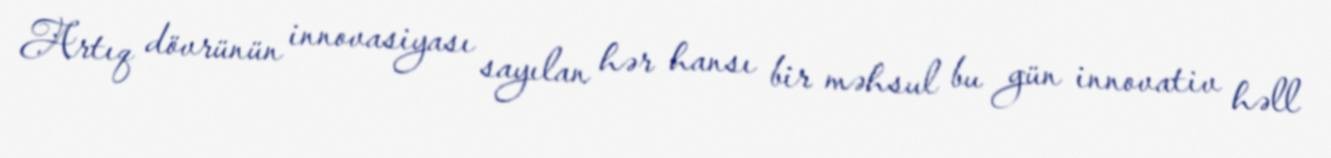
Artıq dövrünün innovasiyası sayılan hər hansı bir məhsul bu gün innovativ həll